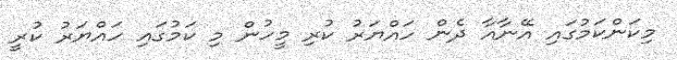
މިކަންކަމުގައި އޭނާއާ ދެން ހައްޔަރު ކުރި މީހުން މި ކަމުގައި ހައްޔަރު ކުރީ